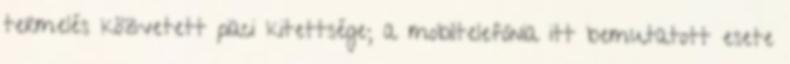
termelés közvetett piaci kitettsége; a mobiltelefónia itt bemutatott esete